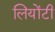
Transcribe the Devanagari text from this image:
लियोंटी